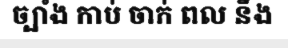
ច្បាំង កាប់ ចាក់ ពល នឹង